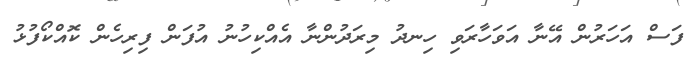
ފަސް އަހަރުން އޭނާ އަވަހާރަވި ހިނދު މިރަދުންނާ އެއްކިހުނު އުފަން ފިރިހެން ކޮއްކޯފުޅު